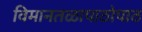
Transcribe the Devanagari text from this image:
विमानतळापाठोपाठ